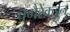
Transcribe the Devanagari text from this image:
वगैरेंकडून